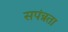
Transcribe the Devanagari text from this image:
सपंन्नता